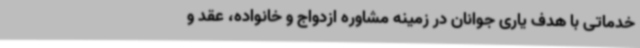
خدماتی با هدف یاری جوانان در زمینه مشاوره ازدواج و خانواده، عقد و